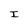
Character: I